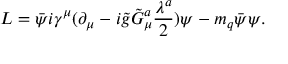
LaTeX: { \cal L } = \bar { \psi } i \gamma ^ { \mu } ( \partial _ { \mu } - i \tilde { g } \tilde { G } _ { \mu } ^ { a } \frac { \lambda ^ { a } } { 2 } ) \psi - m _ { q } \bar { \psi } \psi .